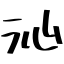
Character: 沁